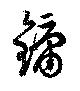
鏞